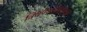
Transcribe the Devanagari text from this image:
त्रिकोणमितीच्या